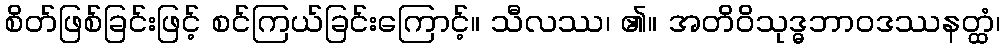
စိတ်ဖြစ်ခြင်းဖြင့် စင်ကြယ်ခြင်းကြောင့်။ သီလဿ၊ ၏။ အတိဝိသုဒ္ဓဘာဝဒဿနတ္ထံ၊